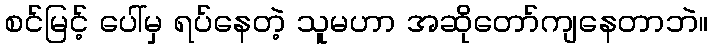
စင်မြင့် ပေါ်မှ ရပ်နေတဲ့ သူမဟာ အဆိုတော်ကျနေတာဘဲ။